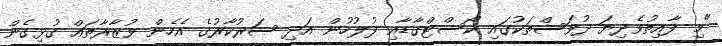
"މި ފާއިތުވެދިޔަ ދުވަސްތަކުގައި ކޯސްޓްގާޑާއި ފުލުހުން އަދި ސަރުކާރުގެ އެހެން ވުޒާރާތައް ގުޅިގެން